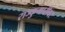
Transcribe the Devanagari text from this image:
राज्कुमारीवर